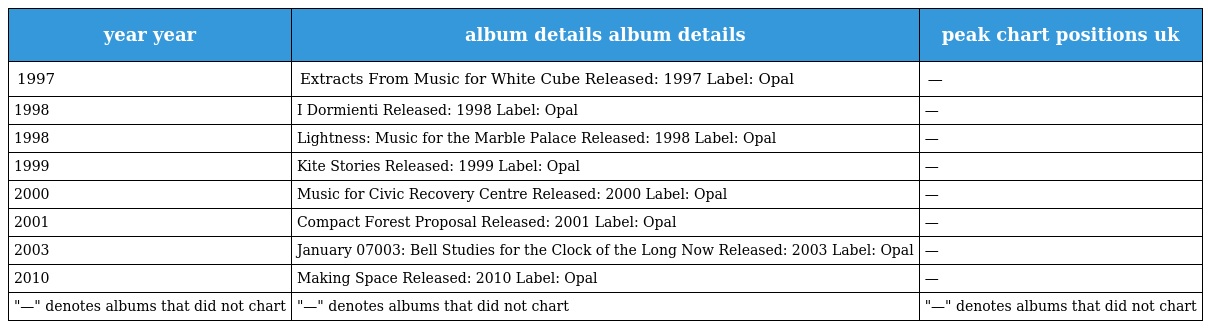
| year year | album details album details | peak chart positions uk |
 | --- | --- | --- |
 | 1997 | Extracts From Music for White Cube Released: 1997 Label: Opal | — |
 | 1998 | I Dormienti Released: 1998 Label: Opal | — |
 | 1998 | Lightness: Music for the Marble Palace Released: 1998 Label: Opal | — |
 | 1999 | Kite Stories Released: 1999 Label: Opal | — |
 | 2000 | Music for Civic Recovery Centre Released: 2000 Label: Opal | — |
 | 2001 | Compact Forest Proposal Released: 2001 Label: Opal | — |
 | 2003 | January 07003: Bell Studies for the Clock of the Long Now Released: 2003 Label: Opal | — |
 | 2010 | Making Space Released: 2010 Label: Opal | — |
 | "—" denotes albums that did not chart | "—" denotes albums that did not chart | "—" denotes albums that did not chart |